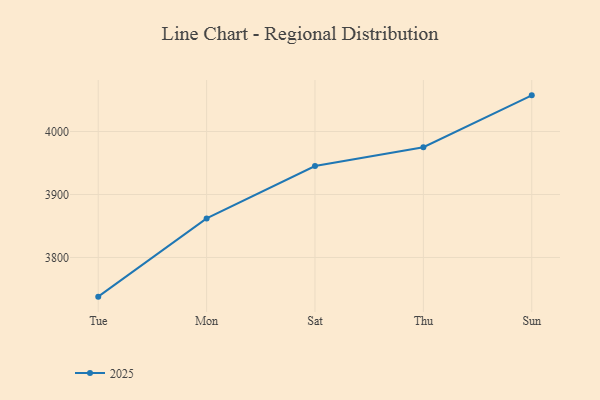
{"axis": {"x": "Day", "y": "Net Income (USD K)"}, "legend": ["2025"], "data": [{"x": "Tue", "y": 3737.8, "type": "2025"}, {"x": "Mon", "y": 3862.0, "type": "2025"}, {"x": "Sat", "y": 3945.2, "type": "2025"}, {"x": "Thu", "y": 3975.1, "type": "2025"}, {"x": "Sun", "y": 4057.4, "type": "2025"}]}